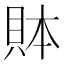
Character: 𲂪